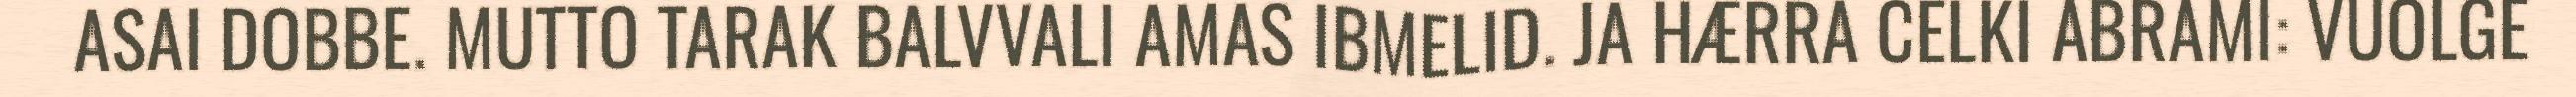
ASAI DOBBE. MUTTO TARAK BALVVALI AMAS IBMELID. JA HÆRRA CELKI ABRAMI: VUOLGE